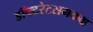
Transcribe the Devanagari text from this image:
डॉक्टरेटसमकक्ष